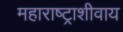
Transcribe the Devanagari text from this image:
महाराष्ट्राशीवाय